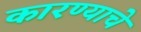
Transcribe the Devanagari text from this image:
कारण्याचे